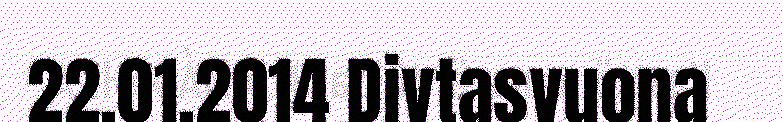
22.01.2014 Divtasvuona